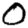
Digit: 0